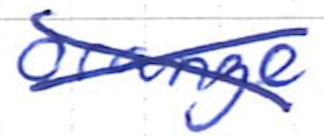
Text: orange
Cross-out: cross
Writing tool: ballpoint